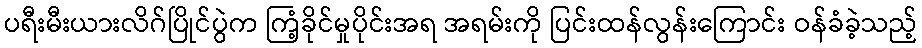
ပရီးမီးယားလိဂ်ပြိုင်ပွဲက ကြံ့ခိုင်မှုပိုင်းအရ အရမ်းကို ပြင်းထန်လွန်းကြောင်း ဝန်ခံခဲ့သည့်